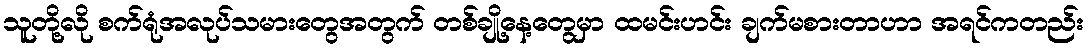
သူတို့လို စက်ရုံအလုပ်သမားတွေအတွက် တစ်ချို့နေ့တွေမှာ ထမင်းဟင်း ချက်မစားတာဟာ အရင်ကတည်း